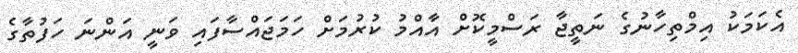
އެކަމަކު އިމްތިހާނުގެ ނަތީޖާ ރަސްމީކޮށް އާއްމު ކުރުމަށް ހަމަޖައްސާފައި ވަނީ އަންނަ ހަފުތާގެ